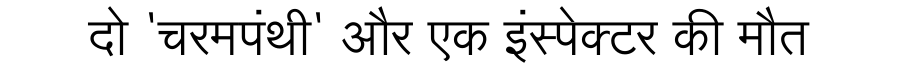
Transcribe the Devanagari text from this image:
दो 'चरमपंथी' और एक इंस्पेक्टर की मौत